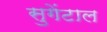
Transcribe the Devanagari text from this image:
सुगेंटाल